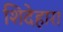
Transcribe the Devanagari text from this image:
शिदेहारा